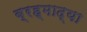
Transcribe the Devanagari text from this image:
ब्रह्माद्या